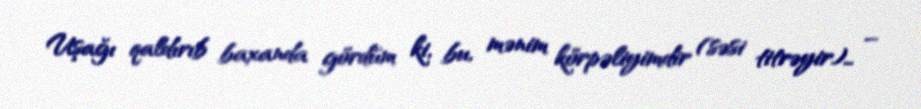
Uşağı qaldırıb baxanda gördüm ki, bu, mənim körpəliyimdir (səsi titrəyir)… –